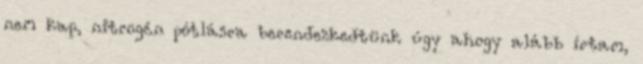
nem kap, nitrogén pótlásra berendezkedtünk úgy ahogy alább írtam,